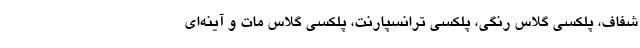
شفاف، پلکسی گلاس رنگی، پلکسی ترانسپارنت، پلکسی گلاس مات و آینه‌ای